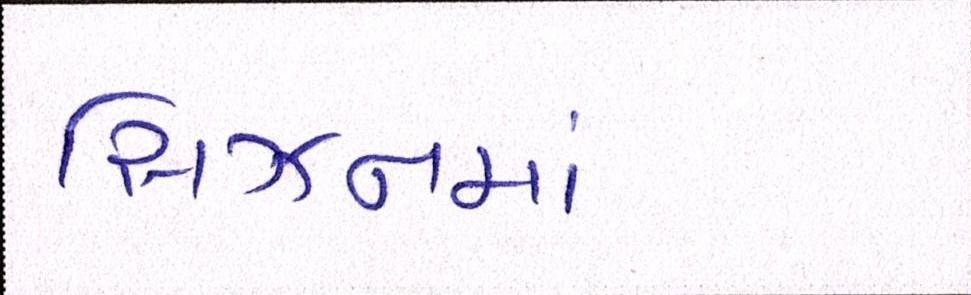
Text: સિઝનમાં